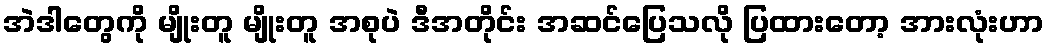
အဲဒါတွေကို မျိုးတူ မျိုးတူ အစုပဲ ဒီအတိုင်း အဆင်ပြေသလို ပြထားတော့ အားလုံးဟာ